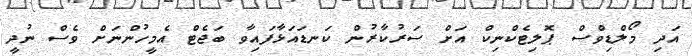
އަދި މޯލްޑިވްސް ޕޮލިޓެކްނިކް އަށް ސަރުކާރުން ކަނޑައަޅާފައިވާ ބަޖެޓް އެމީހުންނަށް ވެސް ނުދީ